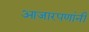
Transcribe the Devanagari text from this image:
आजारपणांनी